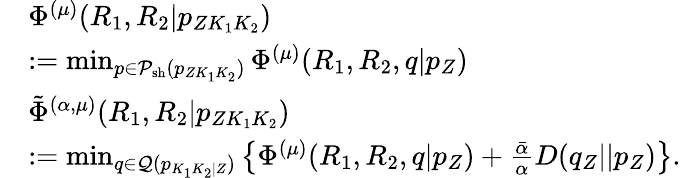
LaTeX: \begin{array}{rl}&{\Phi^{(\mu)}(R_{1},R_{2}|{p_{ZK_{1}K_{2}}})}\\ &{:=\operatorname*{min}_{p\in{\cal P}_{\mathrm{sh}}({p_{ZK_{1}K_{2}}})}\Phi^{(\mu)}(R_{1},R_{2},q|p_{Z})}\\ &{\tilde{\Phi}^{(\alpha,\mu)}(R_{1},R_{2}|{p_{ZK_{1}K_{2}}})}\\ &{:=\operatorname*{min}_{\scriptstyle{\scriptstyle q\in{{\cal Q}}(p_{K_{1}K_{2}|Z})}}\left\{ \Phi^{(\mu)}(R_{1},R_{2},q|p_{Z})+\frac{\bar{\alpha}}{\alpha}D(q_{Z}||p_{Z})\right\} .}\end{array}